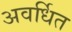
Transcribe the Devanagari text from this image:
अवर्धित